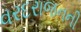
વરદરાજનની